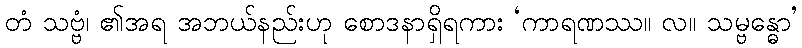
တံ သဗ္ဗံ၊ ၏အရ အဘယ်နည်းဟု စောဒနာရှိရကား ‘ကာရဏဿ။ လ။ သမ္ဗန္ဓော’